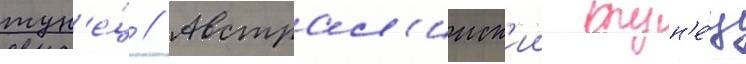
тун'е́ц // Австрал'ииск'ии тун'е́ц